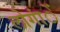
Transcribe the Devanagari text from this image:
लोगांें